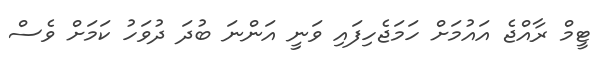
ޓީމް ރާއްޖެ އައުމަށް ހަމަޖެހިފައި ވަނީ އަންނަ ބުދަ ދުވަހު ކަމަށް ވެސް